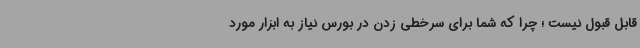
قابل قبول نیست ؛ چرا که شما برای سرخطی زدن در بورس نیاز به ابزار مورد